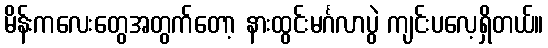
မိန်းကလေးတွေအတွက်တော့ နားထွင်းမင်္ဂလာပွဲ ကျင်းပလေ့ရှိတယ်။